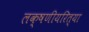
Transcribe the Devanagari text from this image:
लक्षणीयरित्या